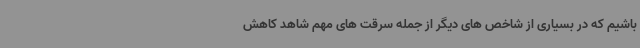
باشیم که در بسیاری از شاخص های دیگر از جمله سرقت های مهم شاهد کاهش